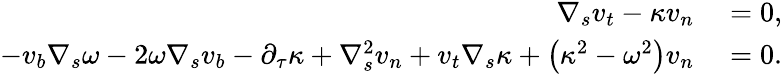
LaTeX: \begin{array}{rl}{\nabla_{s}v_{t}-\kappa v_{n}}&{{}=0,}\\ {-v_{b}\nabla_{s}\omega-2\omega\nabla_{s}v_{b}-\partial_{\tau}\kappa+\nabla_{s}^{2}v_{n}+v_{t}\nabla_{s}\kappa+\left(\kappa^{2}-\omega^{2}\right)v_{n}}&{{}=0.}\end{array}